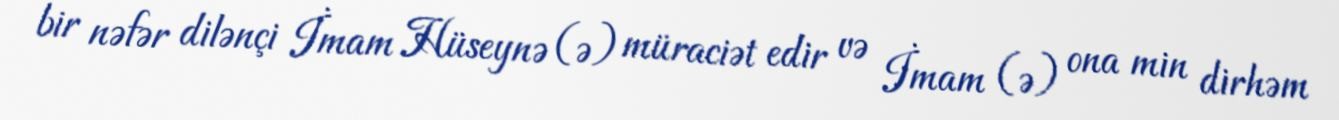
bir nəfər dilənçi İmam Hüseynə (ə) müraciət edir və İmam (ə) ona min dirhəm